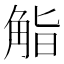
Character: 𮗬